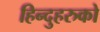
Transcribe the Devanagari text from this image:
हिन्दुहरुको